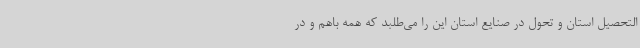
التحصیل استان و تحول در صنایع استان این را می‌طلبد که همه باهم و در